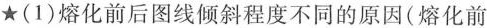
★(1)熔化前后图线倾斜程度不同的原因(熔化前